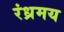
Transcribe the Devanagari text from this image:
रंध्रमय